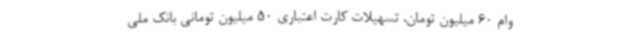
وام 60 میلیون تومان، تسهیلات کارت اعتباری 50 میلیون تومانی بانک ملی